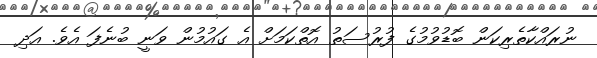
ނުރައްކާތެރިކަން ބޮޑުވުމުގެ ފުރުސަތު އޮތްކަމަށް އެ ގައުމުން ވަނީ ބުނެފަ އެވެ. އަދި